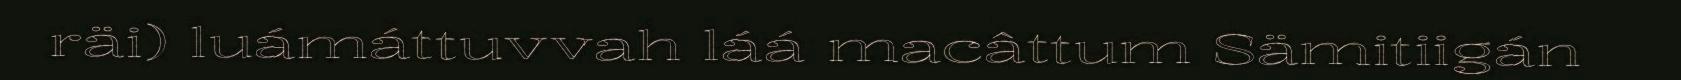
räi) luámáttuvvah láá macâttum Sämitiigán